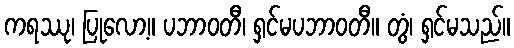
ကရဿု၊ ပြုလော့။ ပဘာဝတီ၊ ရှင်မပဘာဝတီ။ တွံ၊ ရှင်မသည်။